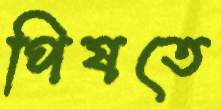
পিষতে